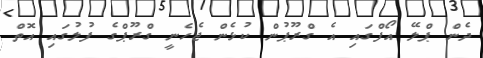
ދެން ޕްލޭ އޯފްގައި އެ ގްރޫޕުން ކުޅެން ޖެހެނީ ގްރޫޕްގެ ފުލުގައި އޮތް